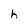
Character: h